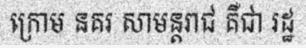
ក្រោម នគរ សាមន្តរាជ គឺជា រដ្ឋ